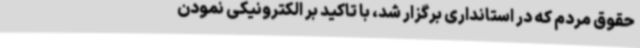
حقوق مردم که در استانداری برگزار شد، با تاکید بر الکترونیکی نمودن